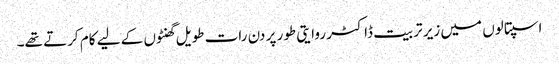
اسپتالوں میں زیر تربیت ڈاکٹر روایتی طور پر دن رات طویل گھنٹوں کے لیے کام کرتے تھے۔